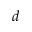
d